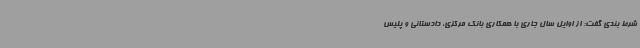
شرط بندی گفت: از اوایل سال جاری با همکاری بانک مرکزی، دادستانی و پلیس